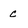
Character: c